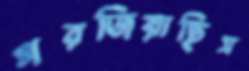
গরজিয়াছিস